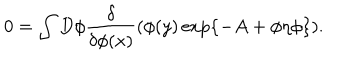
0 = \int D \phi \frac { \delta } { \delta \phi ( x ) } ( \phi ( y ) \exp \{ - A + \phi \eta \phi \} ) .